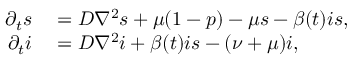
\begin{array} { r l } { \partial _ { t } s } & { { } = D \nabla ^ { 2 } s + \mu ( 1 - p ) - \mu s - \beta ( t ) i s , } \\ { \partial _ { t } i } & { { } = D \nabla ^ { 2 } i + \beta ( t ) i s - ( \nu + \mu ) i , } \end{array}